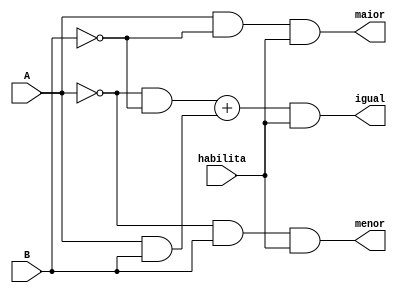
module comparador1bit(A, B, maior, menor, igual, habilita);

input A, B, habilita;
output maior, menor, igual;

assign maior = (A&~B) & habilita;
assign menor = (~A&B) & habilita;
assign igual = ((~A&~B)+(A&B)) & habilita;

endmodule